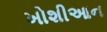
ખોશીઆન